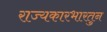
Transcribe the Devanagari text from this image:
राज्यकारभारतुन